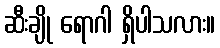
ဆီးချို ရောဂါ ရှိပါသလား။